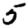
Digit: 5